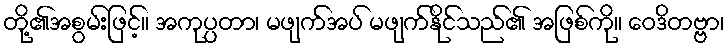
တို့၏အစွမ်းဖြင့်။ အကုပ္ပတာ၊ မဖျက်အပ် မဖျက်နိုင်သည်၏ အဖြစ်ကို။ ဝေဒိတဗ္ဗာ၊